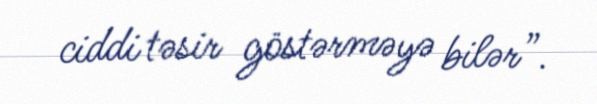
ciddi təsir göstərməyə bilər”.